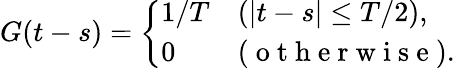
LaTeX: G(t-s)=\left\{ {\begin{array}{ll}{1/T}&{(|t-s|\le T/2),}\\ {0}&{(\mathrm{~o~t~h~e~r~w~i~s~e~}).}\end{array}}\right.